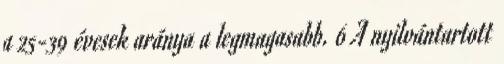
a 25-39 évesek aránya a legmagasabb. 6 A nyilvántartott